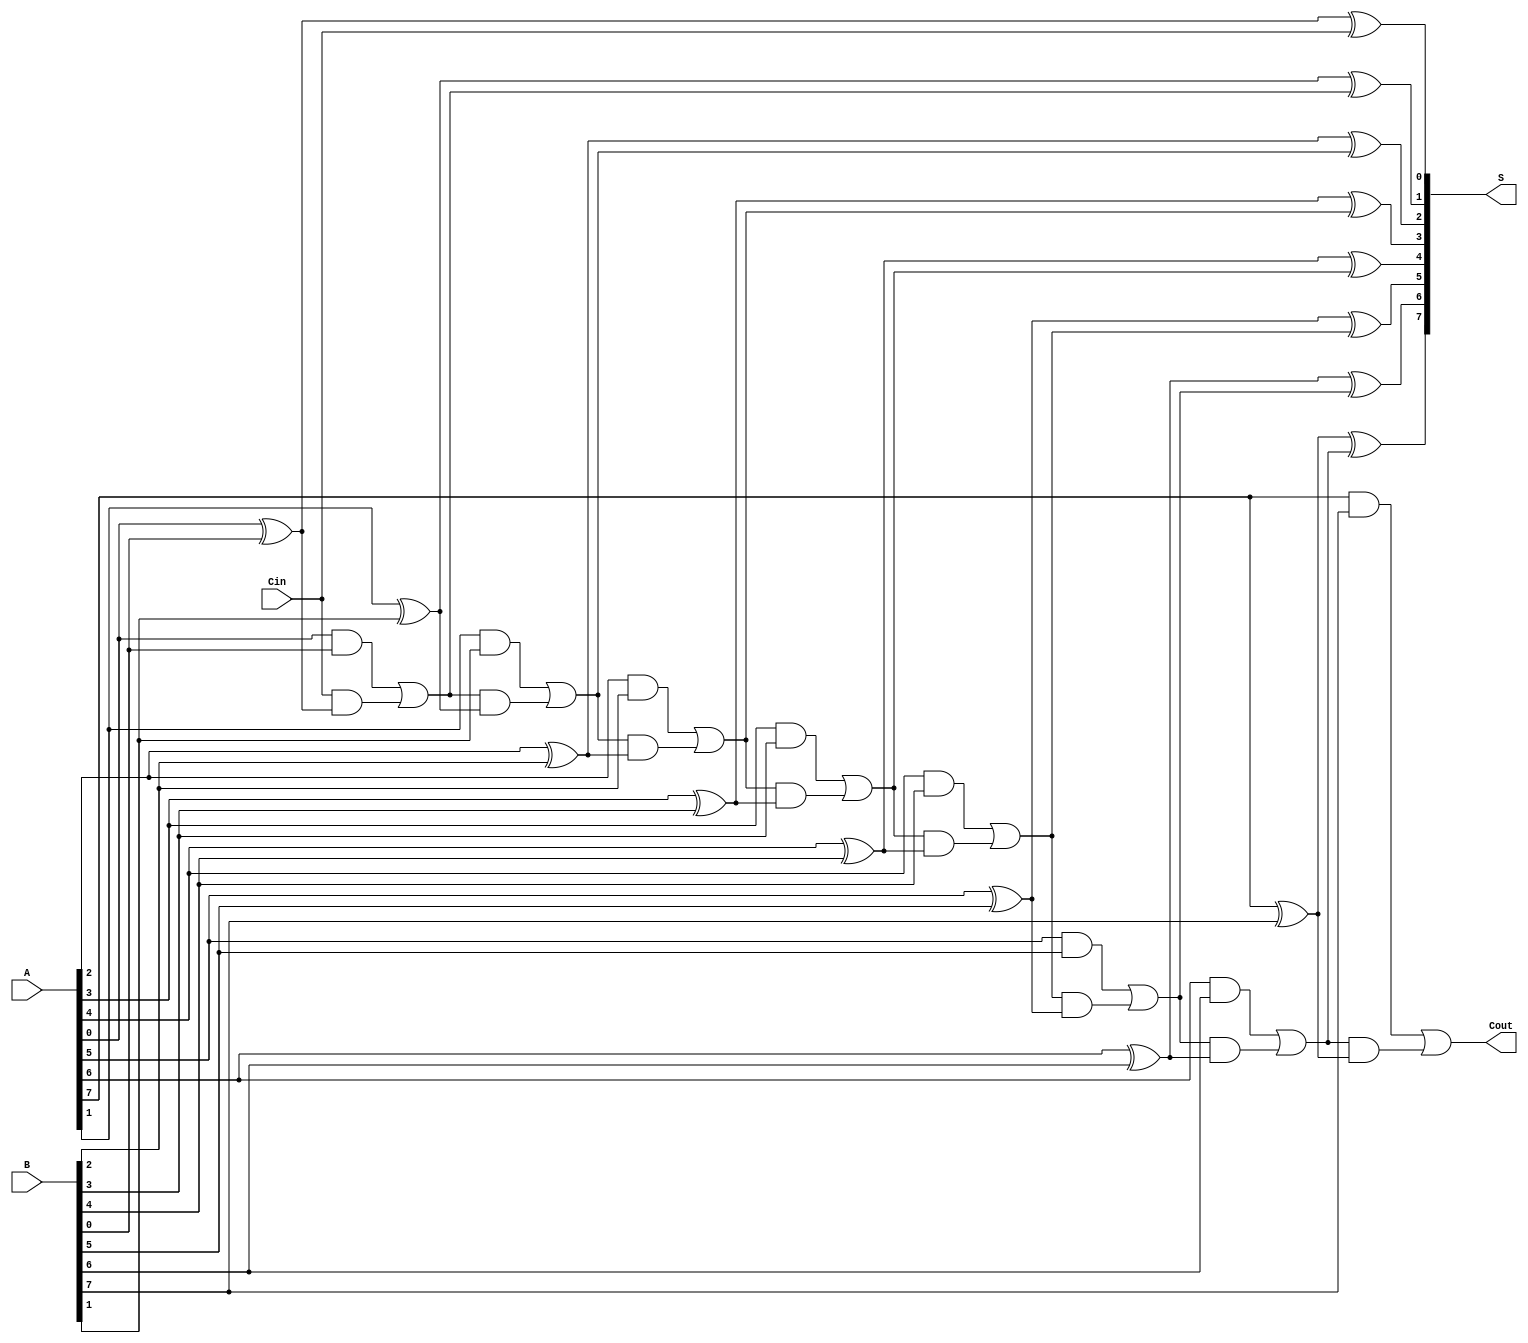
module ManchesterCarryChainAdder #(parameter n = 8) (
    input  [n-1:0] A,      // First n-bit input
    input  [n-1:0] B,      // Second n-bit input
    input          Cin,     // Carry-in signal
    output [n-1:0] S,      // n-bit sum output
    output         Cout     // Carry-out signal
);
    // Internal carry signals
    wire [n:0] carry; // carry[n] is the final carry-out

    // Initialize the carry-in
    assign carry[0] = Cin;

    // Generate carry signals and calculate sum
    genvar i;
    generate
        for (i = 0; i < n; i = i + 1) begin : full_adder
            wire A_i = A[i];
            wire B_i = B[i];
            wire carry_in = carry[i];

            // Calculate sum for each bit
            assign S[i] = A_i ^ B_i ^ carry_in;

            // Calculate carry-out based on Manchester carry chain logic
            wire G = A_i & B_i;                       // Generate
            wire P = A_i ^ B_i;                       // Propagate
            assign carry[i + 1] = G | (carry_in & P); // Carry-out
        end
    endgenerate

    // Final carry-out
    assign Cout = carry[n];

endmodule